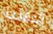
التغذية